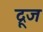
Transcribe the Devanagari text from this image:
द्रूज